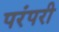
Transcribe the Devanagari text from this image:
परंपरी